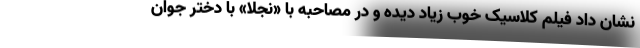
نشان داد فیلم کلاسیک خوب زیاد دیده و در مصاحبه با «نجلا» با دختر جوان